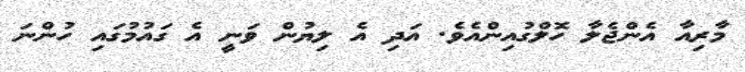
މާރިއާ އެންޖެލާ ހޮލްގުއިންއެވެ. އަދި އެ ލިޔުން ވަނީ އެ ގައުމުގައި ހުންނަ